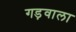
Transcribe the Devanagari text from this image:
गड़वाला